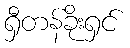
ရှီတန်ခိုးရှင်